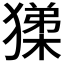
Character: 𭸧